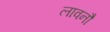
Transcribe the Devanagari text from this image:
लावनौ